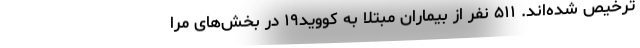
ترخیص شده‌اند. ۵۱۱ نفر از بیماران مبتلا به کووید۱۹ در بخش‌های مرا